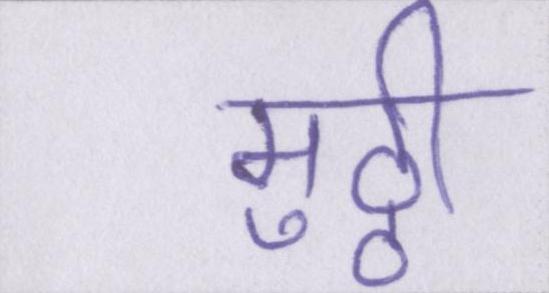
मुठ्ठी